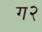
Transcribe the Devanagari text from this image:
ग२